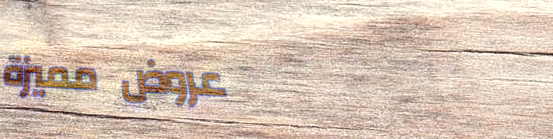
عروض مميزة